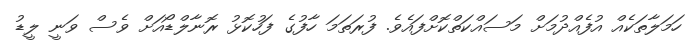
ހަމަލާތަކެއް އުފެއްދުމަށް މަސައްކަތްކޮށްފައެވެ. ފުރަތަމަ ހާފުގެ ފަހުކޮޅު ރޮނާލްޑޯއަށް ވެސް ވަނީ ލީޑު